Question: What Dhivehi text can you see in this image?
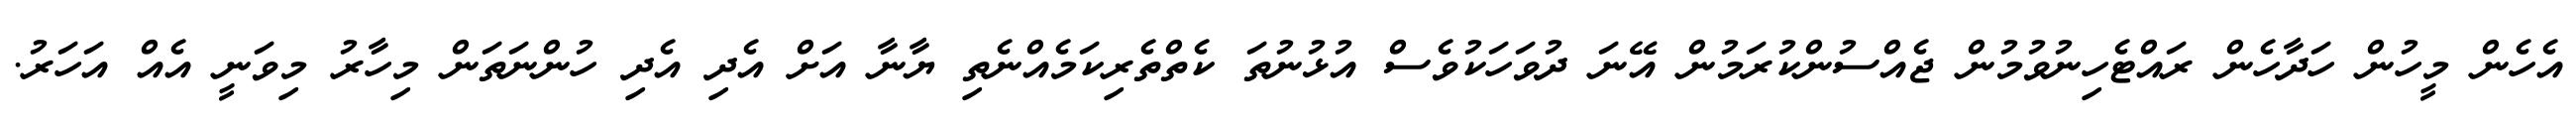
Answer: އެހެން މީހުން ހަދާހެން ރައްޓެހިނުވުމުން ޖެއްސުންކުރަމުން އޭނަ ދުވަހަކުވެސް އުޅުނުތަ ކެތްތެރިކަމެއްނެތި ޔާނާ އަށް އެދި އެދި ހުންނަތަން މިހާރު މިވަނީ އެއް އަހަރު.